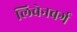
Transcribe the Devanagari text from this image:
लिचेनबर्ग